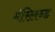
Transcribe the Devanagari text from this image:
मॅरिलन्ड